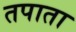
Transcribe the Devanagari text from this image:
तपाता